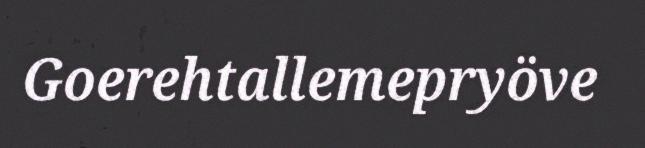
Goerehtallemepryöve